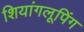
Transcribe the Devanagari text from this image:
शियांगलूपिंग